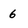
Character: 6